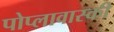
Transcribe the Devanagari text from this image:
पोप्लावास्की